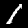
Digit: 1